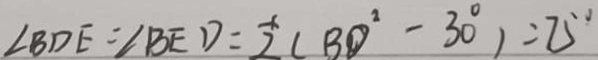
\angle B D E = \angle B E D = \frac { 1 } { 2 } ( B D ^ { 2 } - 3 0 ^ { \circ } ) = 7 5 ^ { \circ }